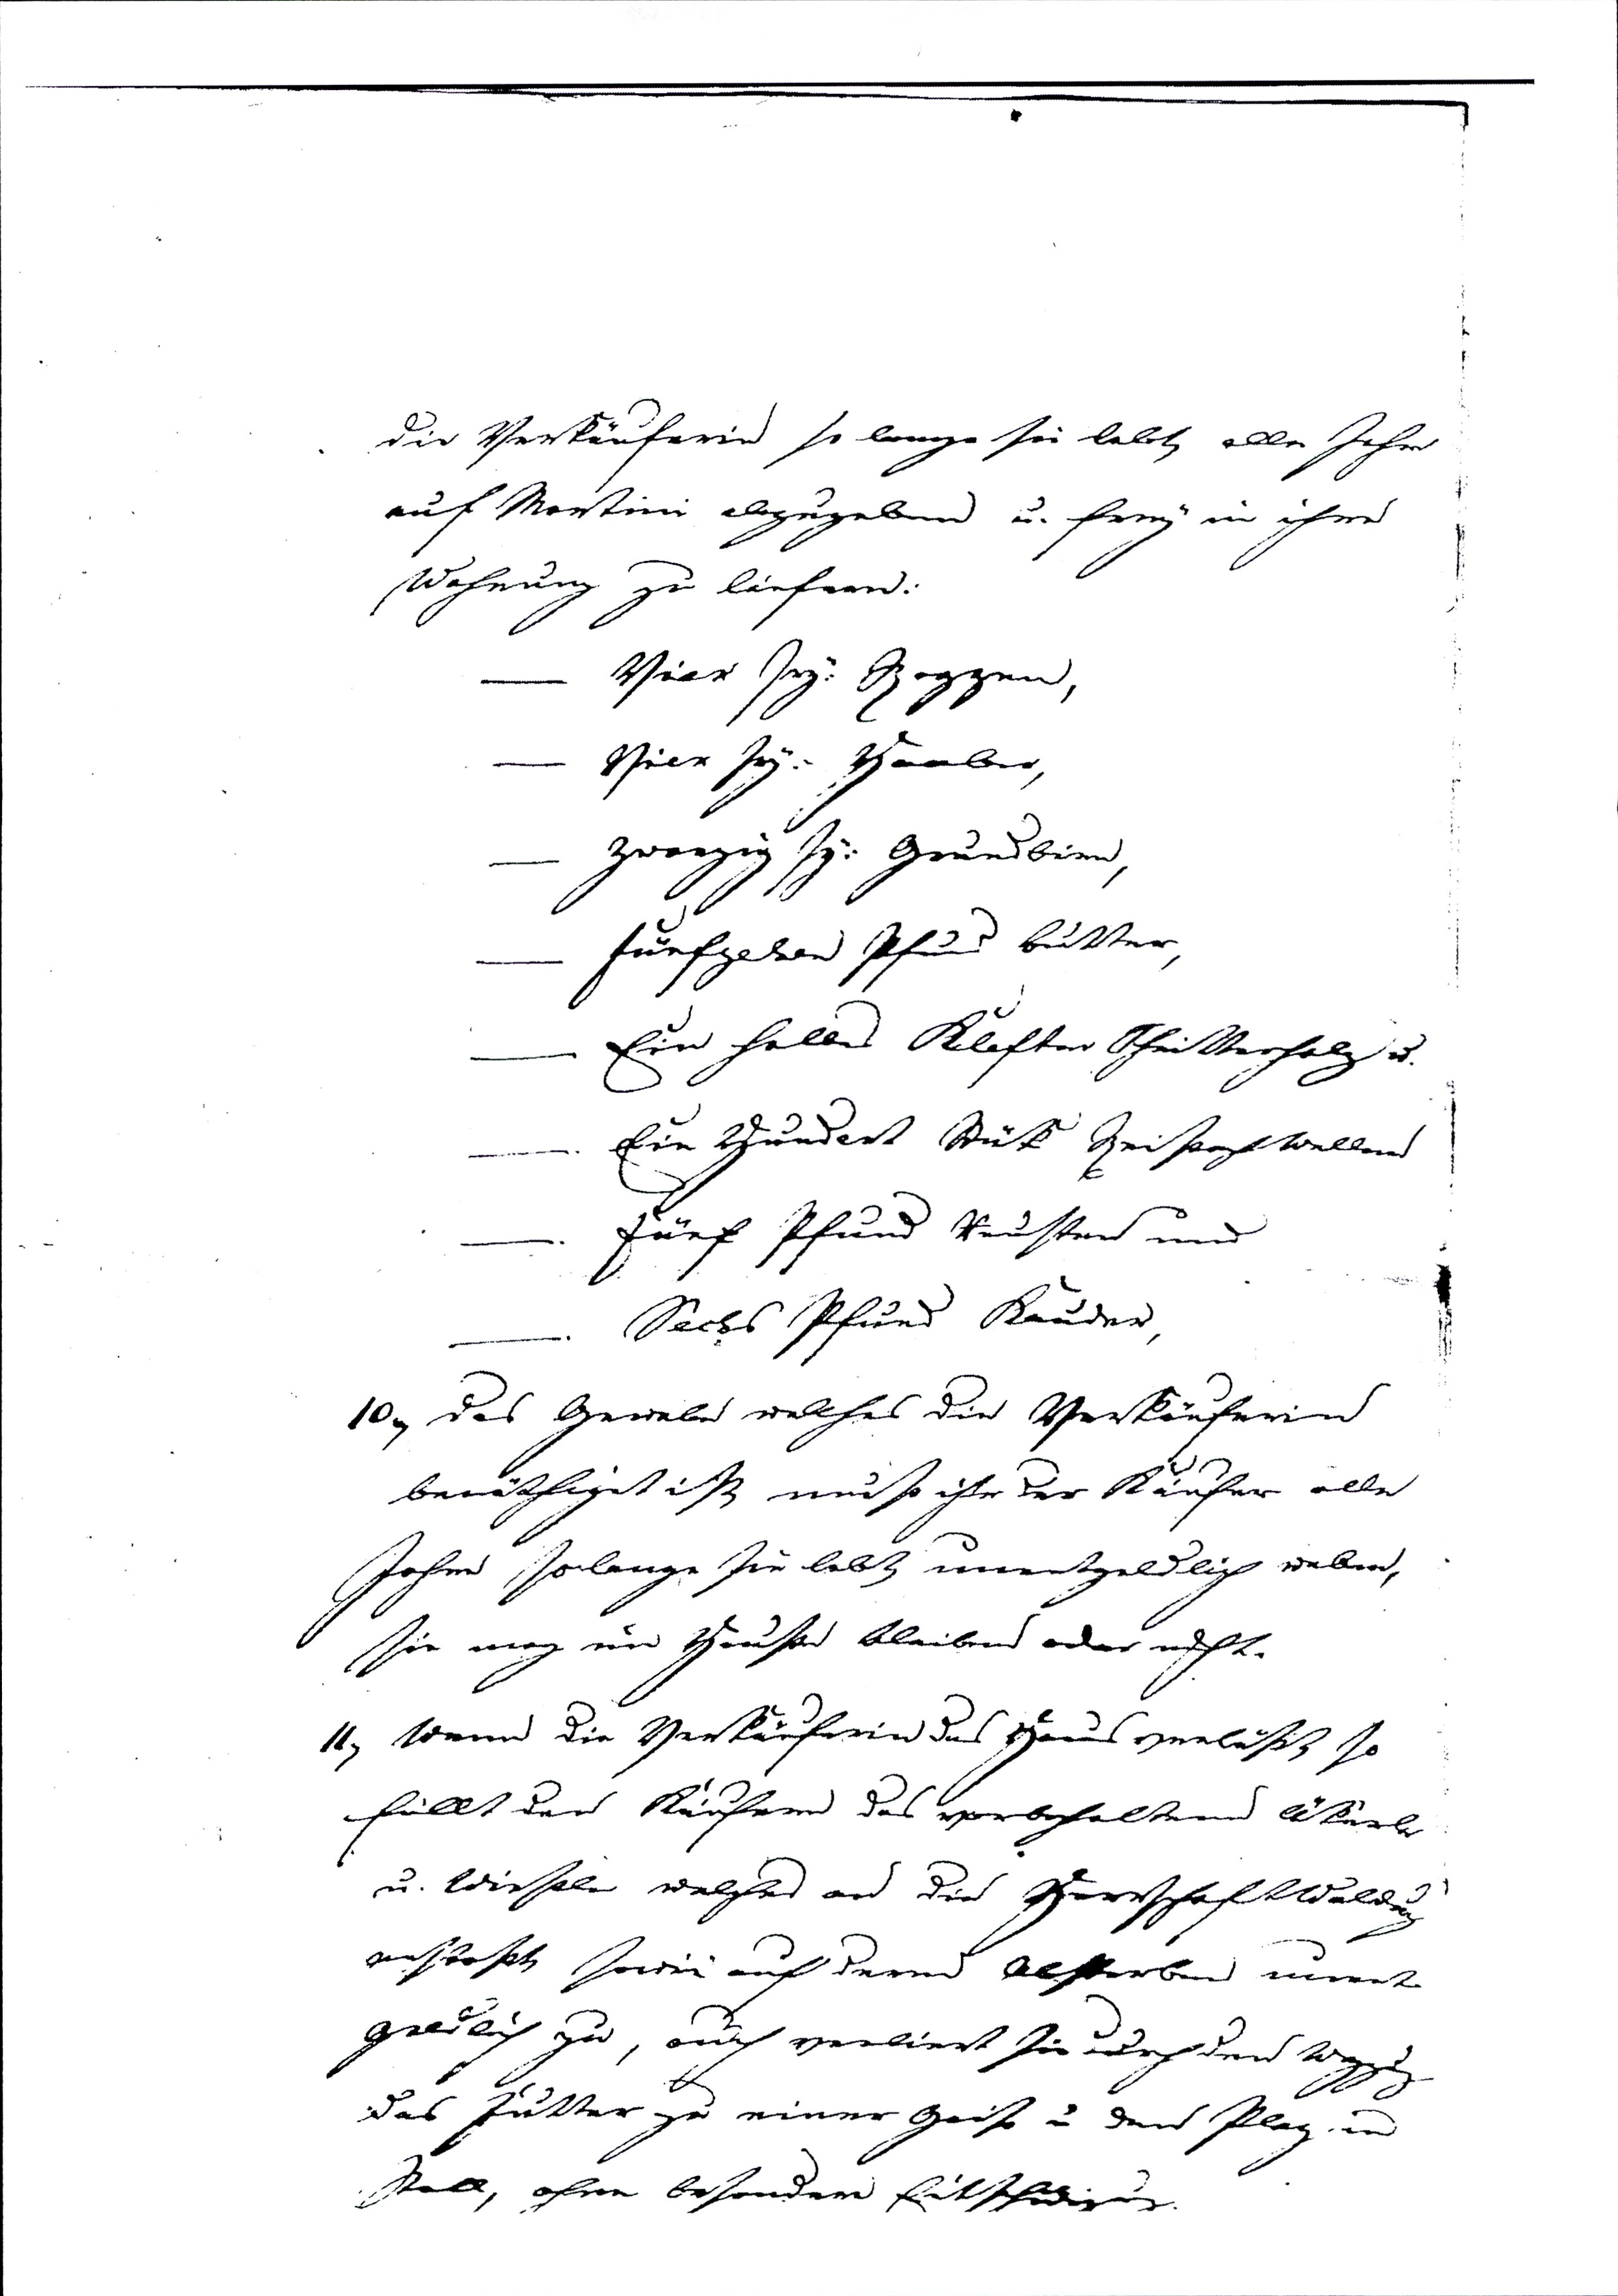
. die Verkäuferin so lange sie lebet alle Johr
auf Mortini abzugebend u. freng in ihr
Wohnung zu liefer.
— Vier seg. Zoppen
— Vier se. Haber
— Zwegig sp. Gräudben
furfgedern Pfund beitter
— Ein holbe Klafter Sheitterholz u.
Ein Gundert Muts Zeisorpwelben
 Jurf Pfund keusten und
 Secbs Pfund Kauder
10g das Gewabe wellhes die Verkäuferins
benäthiget ist muß ihte der Käufer alle
Johe solange sie lelt umentgeldlich weben,
sie mag un Hrußer bleiben oder nicht.
11. Wenn die Verkäuferin das Hans verlußt so
füllt den Käufern das vorbeholtene Wkarbe
u. Wiesele welches an die Porrschafkaldung
anstoßt soden auf deren Alsterben miit
gräulich zu auch verliert sie noch den Wgpz
das Hutter zu einer Geis u den Plag und
stoll, ohne besonder Eitschidigug.